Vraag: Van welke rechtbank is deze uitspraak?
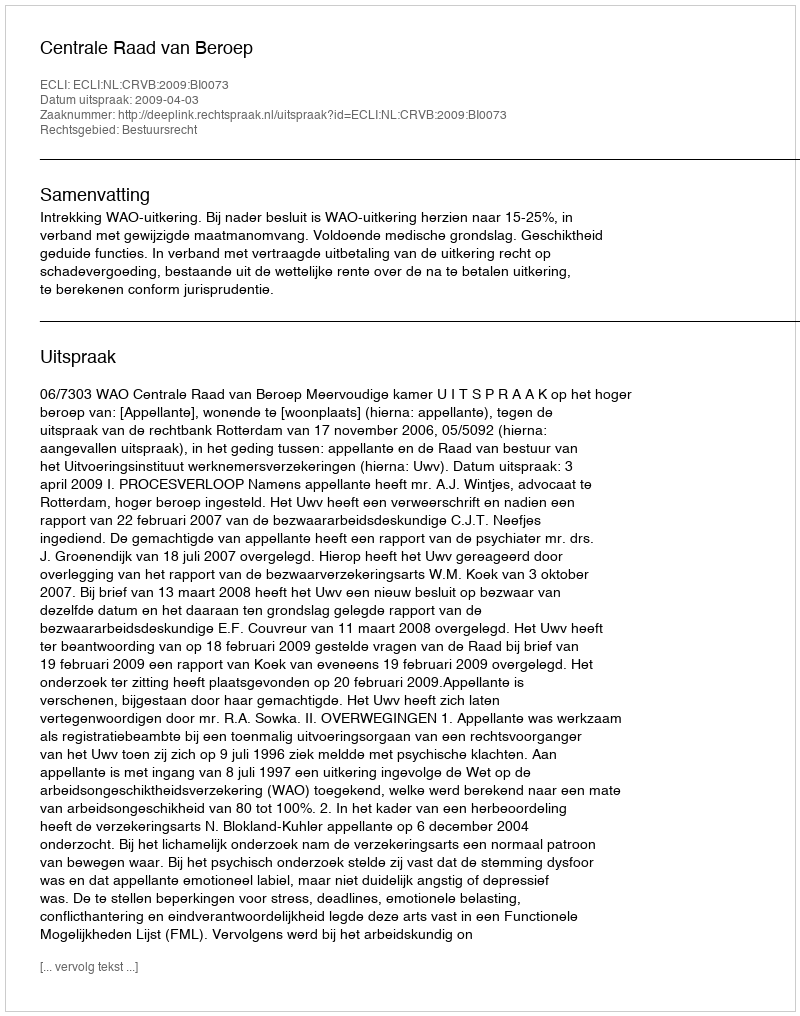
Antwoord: Centrale Raad van Beroep